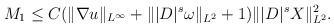
LaTeX: \begin{align*}M_1\leq C (\|\nabla u\|_{L^\infty}+\||D|^s\omega\|_{L^{2}}+1)\||D|^sX\|_{L^2}^2.\end{align*}